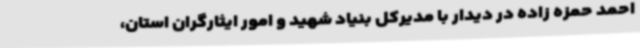
احمد حمزه زاده در دیدار با مدیرکل بنیاد شهید و امور ایثارگران استان،